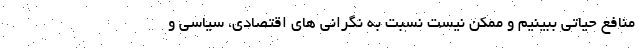
منافع حیاتی ببینیم و ممکن نیست نسبت به نگرانی های اقتصادی، سیاسی و